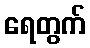
ရေတွက်